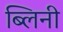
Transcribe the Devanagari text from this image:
ब्लिनी